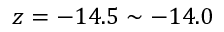
z = - 1 4 . 5 \sim - 1 4 . 0